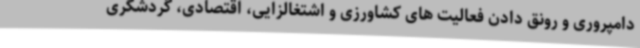
دامپروری و رونق دادن فعالیت های کشاورزی و اشتغالزایی، اقتصادی، گردشگری